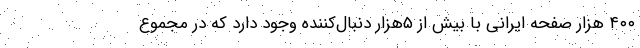
۴۰۰ هزار صفحه ایرانی با بیش از ۵هزار دنبال‌کننده وجود دارد که در مجموع